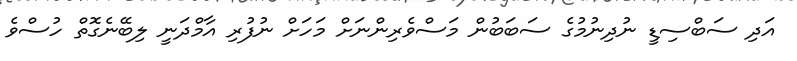
އަދި ސަބްސިޑީ ނުދިނުމުގެ ސަބަބުން މަސްވެރިންނަށް މަހަށް ނުފުރި އާމްދަނީ ލިބޭނެގޮތް ހުސްވެ